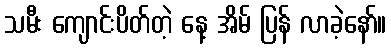
သမီး ကျောင်းပိတ်တဲ့ နေ့ အိမ် ပြန် လာခဲ့နော်။